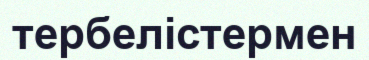
тербелістермен